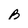
Character: B